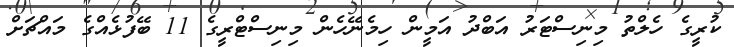
ކުރީގެ ހެލްތު މިނިސްޓަރު އަބްދު އަމީން ހިމެނޭހެން މިނިސްޓްރީގެ 11 ބޭފުޅެއްގެ މައްޗަށް